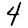
Digit: 4